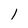
Character: l